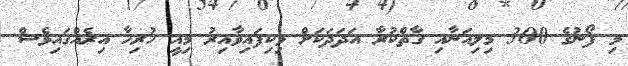
މި ފޯނުގެ 300 މިލިއަނާއި ގާތްކުރާ އަދަދަކަށް ވިކިފައިވާއިރު މިއީ ހުރިހާ އިރެއްގައިވެސް